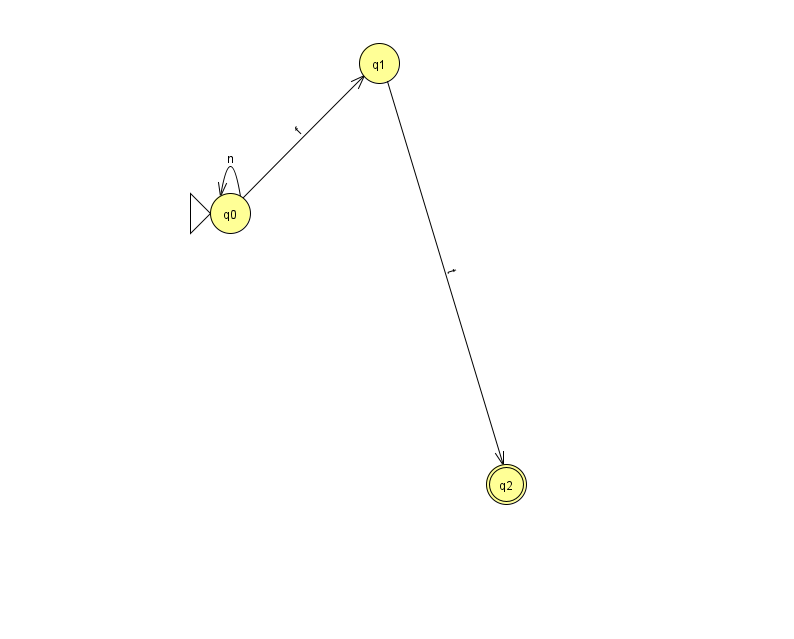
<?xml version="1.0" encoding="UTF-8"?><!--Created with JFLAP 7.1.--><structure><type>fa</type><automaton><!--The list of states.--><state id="0" name="q0"><x>230.0</x><y>200.0</y><initial/></state><state id="1" name="q1"><x>379.0</x><y>50.0</y></state><state id="2" name="q2"><x>506.0</x><y>471.0</y><final/></state><!--The list of transitions.--><transition><from>0</from><to>1</to><read>f</read></transition><transition><from>0</from><to>0</to><read>n</read></transition><transition><from>1</from><to>2</to><read>t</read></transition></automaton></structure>